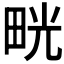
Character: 𤱳